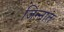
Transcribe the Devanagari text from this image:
जिन्‍नात